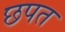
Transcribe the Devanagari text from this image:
छपत